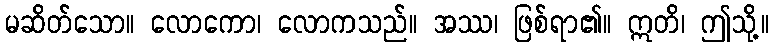
မဆိတ်သော။ လောကော၊ လောကသည်။ အဿ၊ ဖြစ်ရာ၏။ ဣတိ၊ ဤသို့။